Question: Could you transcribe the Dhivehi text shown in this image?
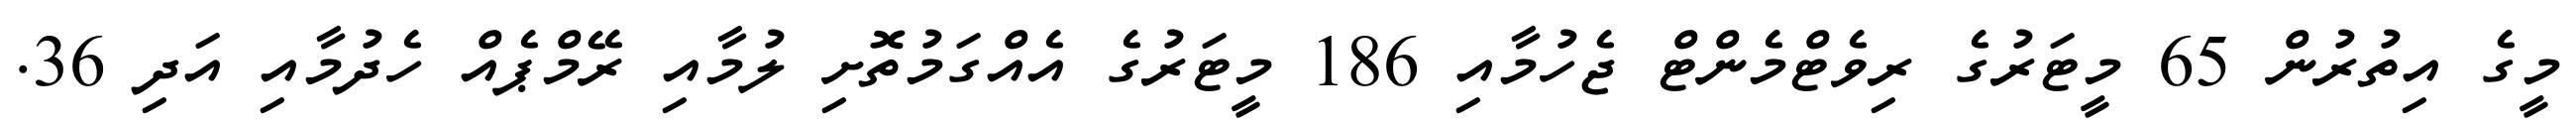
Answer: މީގެ އިތުރުން 65 މީޓަރުގެ ރިވެޓްމެންޓް ޖެހުމާއި 186 މީޓަރުގެ އެއްގަމުތޮށި ލުމާއި ރޭމްޕެއް ހެދުމާއި އަދި 36.